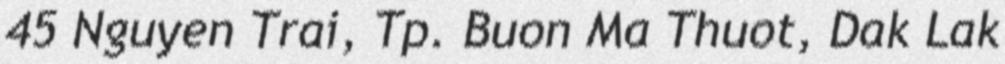
45 Nguyen Trai, Tp. Buon Ma Thuot, Dak Lak